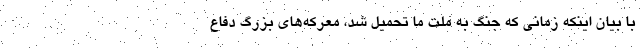
با بیان اینکه زمانی که جنگ به ملت ما تحمیل شد، معرکه‌های بزرگ دفاع